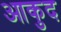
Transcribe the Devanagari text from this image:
आकुद